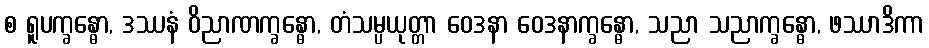
စ ရူပက္ခန္ဓော, ဒဿနံ ဝိညာဏက္ခန္ဓော, တံသမ္ပယုတ္တာ ဝေဒနာ ဝေဒနာက္ခန္ဓော, သညာ သညာက္ခန္ဓော, ဖဿာဒိကာ